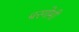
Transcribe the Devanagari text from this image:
बरगोमी